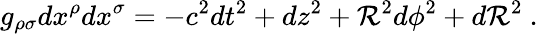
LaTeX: g_{\rho\sigma}dx^{\rho}dx^{\sigma}=-c^{2}dt^{2}+dz^{2}+\mathcal{R}^{2}d\phi^{2}+d\mathcal{R}^{2}\ .